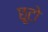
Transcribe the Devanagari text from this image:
छूटो